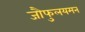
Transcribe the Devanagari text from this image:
जौफुलयमन